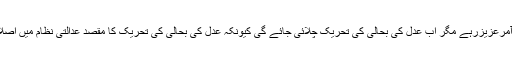
نوازشریف نے کہا کہ بدقسمتی سے ہماری عدلیہ کوہمیشہ آمرعزیزرہے مگر اب عدل کی بحالی کی تحریک چلائی جائے گی کیونکہ عدل کی بحالی کی تحریک کا مقصد عدالتی نظام میں اصلاحات لانا ہے لیکن پرویزمشرف نے آئین کاستیاناس کردیا۔